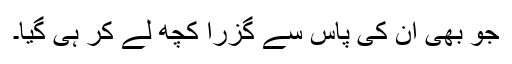
جو بھی ان کی پاس سے گزرا کچھ لے کر ہی گیا۔